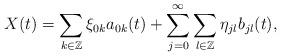
LaTeX: \begin{align*}X(t)=\sum\limits_{k \in \mathbb{Z}}\xi_{0k}a_{0k}(t)+\sum\limits_{j=0}^{\infty}\sum\limits_{l \in \mathbb{Z}}\eta_{jl}b_{jl}(t),\end{align*}